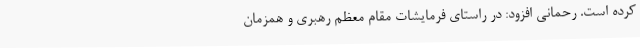
کرده است. رحمانی افزود: در راستای فرمایشات مقام معظم رهبری و همزمان